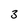
Character: 3